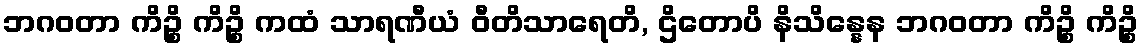
ဘဂဝတာ ကိဉ္စိ ကိဉ္စိ ကထံ သာရဏီယံ ဝီတိသာရေတိ, ဌိတောပိ နိသိန္နေန ဘဂဝတာ ကိဉ္စိ ကိဉ္စိ